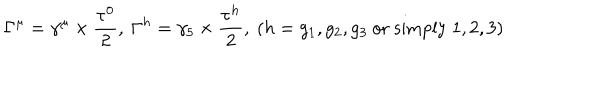
\Gamma ^ { \mu } = \gamma ^ { \mu } \times \frac { \tau ^ { 0 } } { 2 } , \ \Gamma ^ { h } = \gamma _ { 5 } \times \frac { \tau ^ { h } } { 2 } , \ ( h = g _ { 1 } , g _ { 2 } , g _ { 3 } \mathrm { \ o r \ s i m p l y \ } 1 , 2 , 3 )